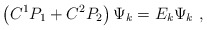
\begin{align*}\left( C^1P_1 + C^2P_2 \right) \Psi _k = E_k \Psi _k~,\end{align*}